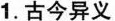
1.古今异义